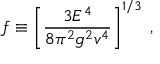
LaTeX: f \equiv \left[ \frac { 3 E ^ { 4 } } { 8 \pi ^ { 2 } g ^ { 2 } v ^ { 4 } } \right] ^ { 1 / 3 } \; ,